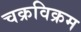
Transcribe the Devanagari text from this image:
चक्रविक्रम